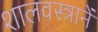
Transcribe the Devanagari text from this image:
शालवस्त्रानें